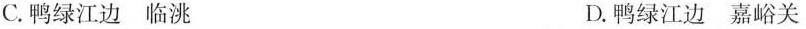
C.鸭绿江边临洮 D.鸭绿江边嘉峪关